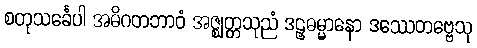
စတုသင်္ခေပါ အဓိဂတဘာဝံ အဇ္ဈတ္တသုညံ ဒဠှဓမ္မာနော ဒဿေတဗ္ဗေသု